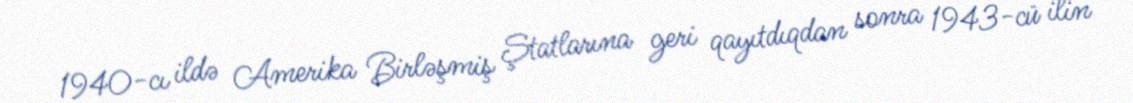
1940-cı ildə Amerika Birləşmiş Ştatlarına geri qayıtdıqdan sonra 1943-cü ilin